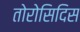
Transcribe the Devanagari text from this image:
तोरोसिदिस